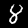
Label: 8